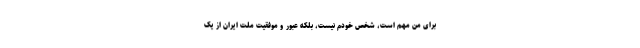
برای من مهم است، شخص خودم نیست، بلکه عبور و موفقیت ملت ایران از یک